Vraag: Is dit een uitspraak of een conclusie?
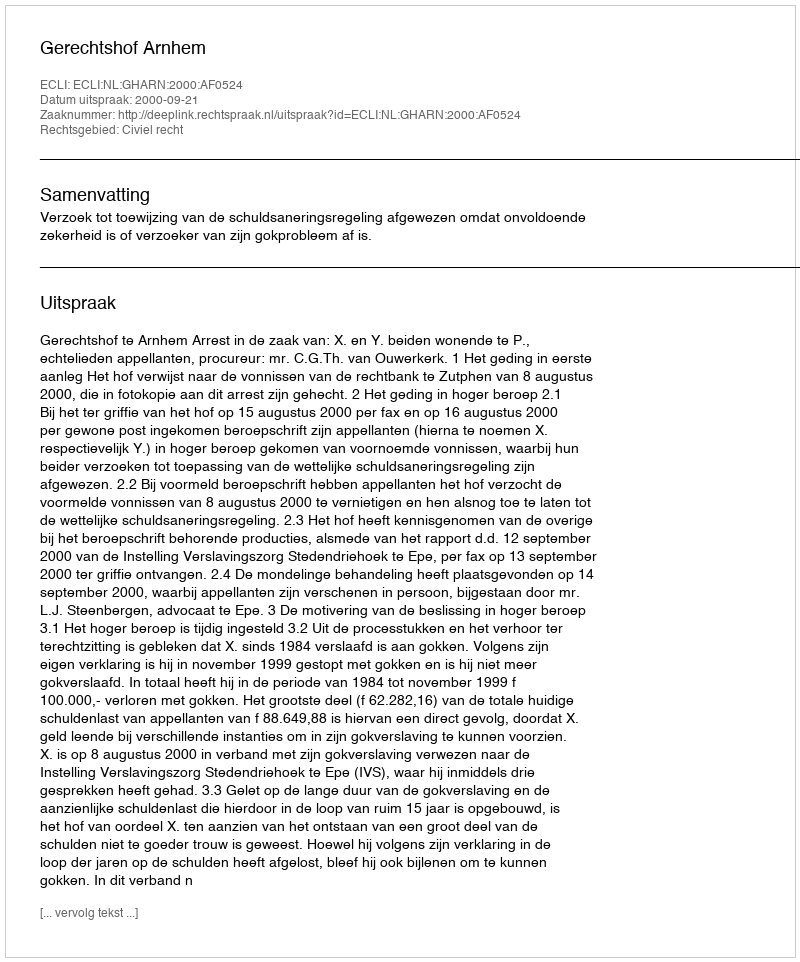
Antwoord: Uitspraak